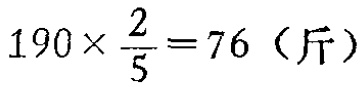
\(190\times \frac{2}{5}=76（斤）\)